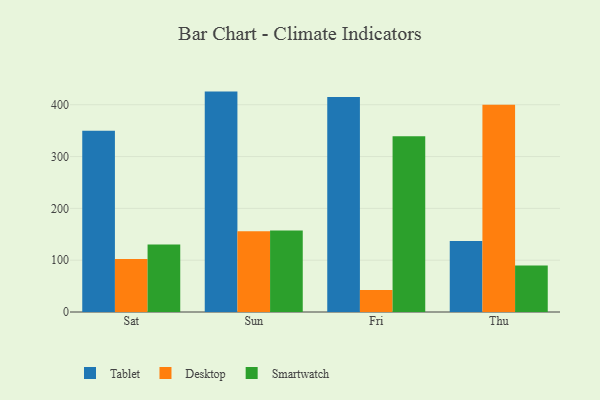
{"axis": {"x": "Day", "y": "Satisfaction Score"}, "legend": ["Desktop", "Smartwatch", "Tablet"], "data": [{"x": "Sat", "y": 349.9, "type": "Tablet"}, {"x": "Sat", "y": 102.5, "type": "Desktop"}, {"x": "Sat", "y": 130.3, "type": "Smartwatch"}, {"x": "Sun", "y": 425.4, "type": "Tablet"}, {"x": "Sun", "y": 156.0, "type": "Desktop"}, {"x": "Sun", "y": 157.5, "type": "Smartwatch"}, {"x": "Fri", "y": 414.9, "type": "Tablet"}, {"x": "Fri", "y": 42.7, "type": "Desktop"}, {"x": "Fri", "y": 339.4, "type": "Smartwatch"}, {"x": "Thu", "y": 137.1, "type": "Tablet"}, {"x": "Thu", "y": 399.9, "type": "Desktop"}, {"x": "Thu", "y": 89.7, "type": "Smartwatch"}]}